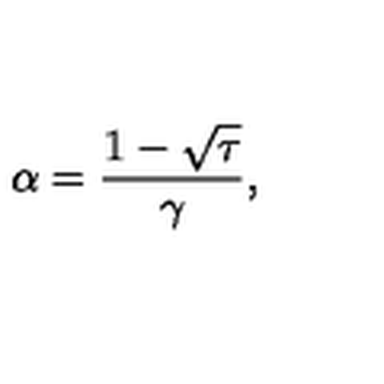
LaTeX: \alpha = \frac { 1 - \sqrt { \tau } } { \gamma } ,